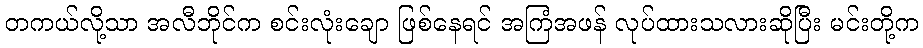
တကယ်လို့သာ အလီဘိုင်က စင်းလုံးချော ဖြစ်နေရင် အကြံအဖန် လုပ်ထားသလားဆိုပြီး မင်းတို့က